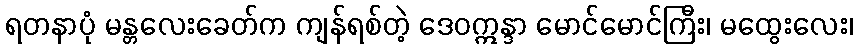
ရတနာပုံ မန္တလေးခေတ်က ကျန်ရစ်တဲ့ ဒေဝဣန္ဒာ မောင်မောင်ကြီး၊ မထွေးလေး၊